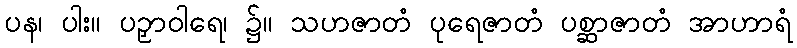
ပန၊ ပါး။ ပဉှာဝါရေ၊ ၌။ သဟဇာတံ ပုရေဇာတံ ပစ္ဆာဇာတံ အာဟာရံ